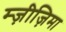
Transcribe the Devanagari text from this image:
म्ज़ीज़िमा